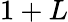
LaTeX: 1+L